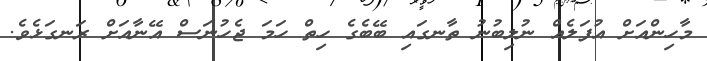
މާހިންއަށް އުފަލެއް ނުލިބުނު ތާނގައި ބޭބެގެ ހިތް ހަމަ ޖެހުނަސް އޭނާއަށް ރަނގަޅެވެ.